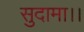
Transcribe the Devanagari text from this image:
सुदामा।।